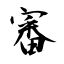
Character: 審